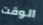
الوقت